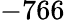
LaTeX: -766